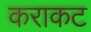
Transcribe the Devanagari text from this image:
कराकट